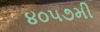
૪૦૫૭મી